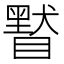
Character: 𥊷